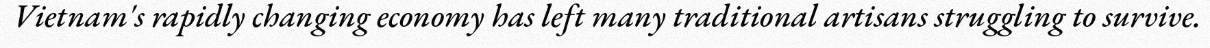
Vietnam's rapidly changing economy has left many traditional artisans struggling to survive.